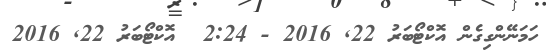
ހަމަނޭންގިގެން އޮކްޓޯބަރު 22